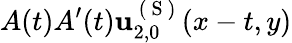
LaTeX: A(t)A^{\prime}(t)\mathbf{u}_{2,0}^{\mathrm{~(~S~)~}}(x-t,y)